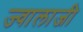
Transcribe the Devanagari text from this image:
ज्‍वालाजी